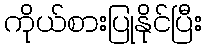
ကိုယ်စားပြုနိုင်ပြီး